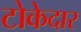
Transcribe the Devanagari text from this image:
टोकेदार